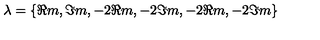
\lambda = \{ \Re m , \Im m , - 2 \Re m , - 2 \Im m , - 2 \Re m , - 2 \Im m \}